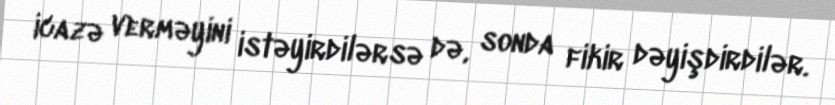
icazə verməyini istəyirdilərsə də, sonda fikir dəyişdirdilər.